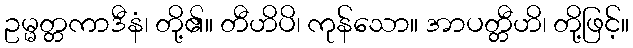
ဥမ္မတ္တကာဒီနံ၊ တို့၏။ တီဟိပိ၊ ကုန်သော။ အာပတ္တီဟိ၊ တို့ဖြင့်။